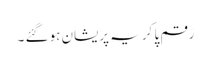
رَقم پا کر یہ پریشان ہو گئے ۔